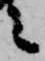
之